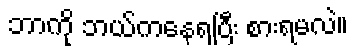
ဘာကို ဘယ်ကနေရပြီး စားရမလဲ။